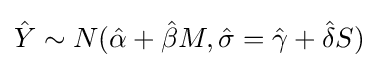
{\hat {Y}}\sim N({\hat {\alpha }}+{\hat {\beta }}M,{\hat {\sigma }}={\hat {\gamma }}+{\hat {\delta }}S)